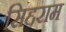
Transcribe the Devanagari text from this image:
सिद्दराम